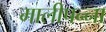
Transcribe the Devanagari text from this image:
मालीपन्‍ना